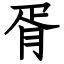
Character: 胥